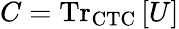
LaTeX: C={\mathrm{Tr}}_{\mathrm{CTC}}\left[U\right]